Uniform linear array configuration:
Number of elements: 8
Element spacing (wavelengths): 0.75
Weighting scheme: hann
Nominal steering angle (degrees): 45
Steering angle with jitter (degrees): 44.661
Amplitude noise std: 0.05
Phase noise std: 0.05

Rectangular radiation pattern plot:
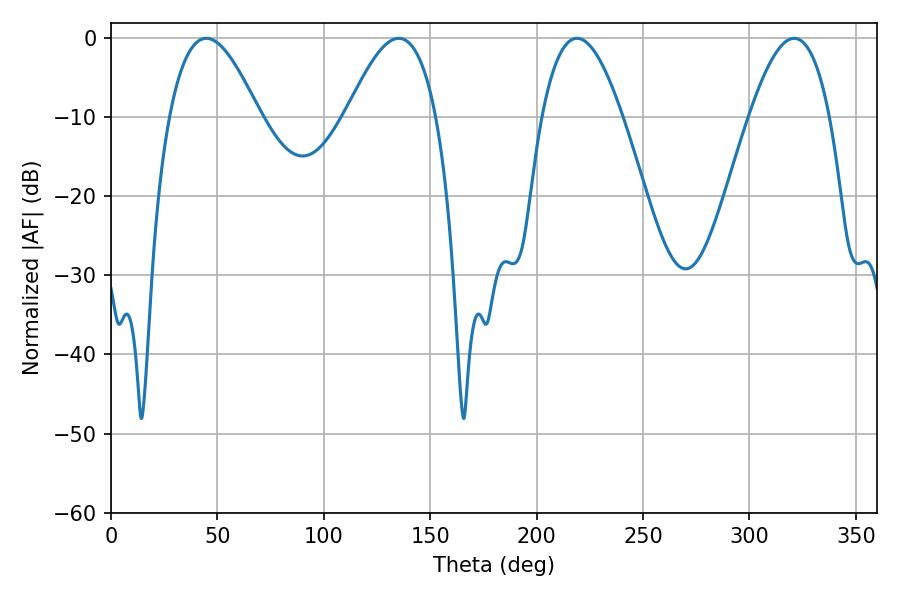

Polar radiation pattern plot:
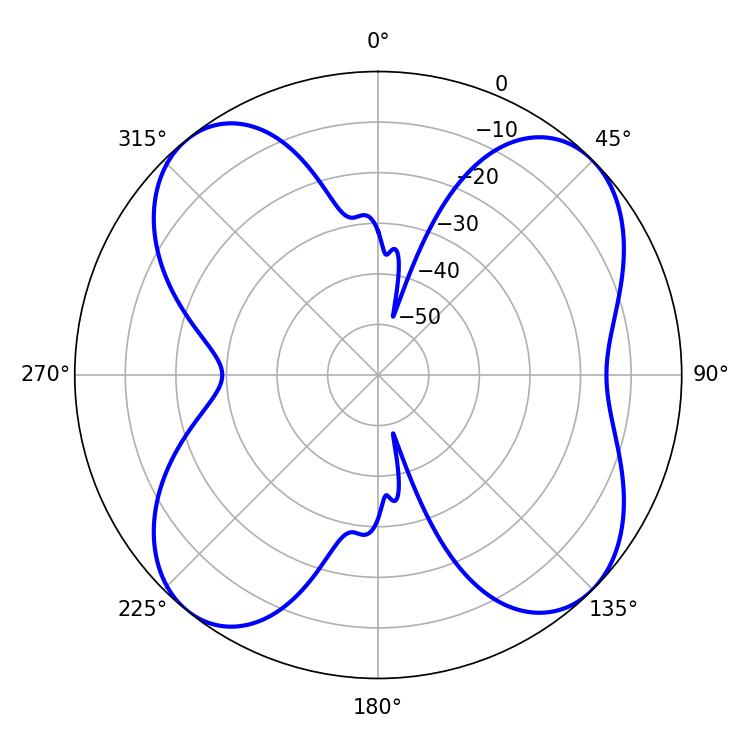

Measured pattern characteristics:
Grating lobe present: TRUE
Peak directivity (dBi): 11.323
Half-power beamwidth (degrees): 22.86
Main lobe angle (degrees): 44.82